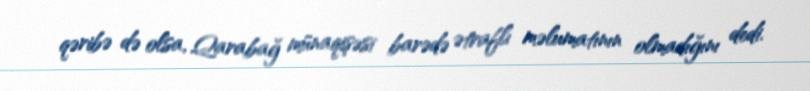
qəribə də olsa, Qarabağ münaqişəsi barədə ətraflı məlumatının olmadığını dedi.